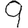
Digit: 9